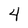
Character: 4